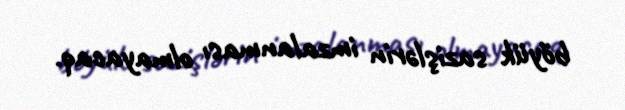
böyük sazişlərin imzalanması olmayacaq.